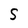
Character: S